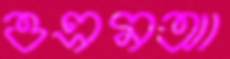
ওএমআ